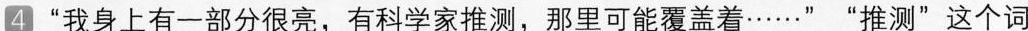
4“我身上有一部分很亮，有科学家推测，那里可能覆盖着......”“推测”这个词